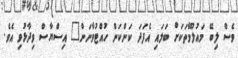
ވެސް ލިބޭ މައުލޫމާތަކަށް ބަލައި އެފަދަ ކަންކަން ހުއްޓުވާނަން" އިސްޔާސް ވިދާޅުވި އެވެ.